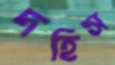
দহিস